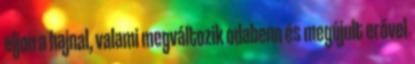
eljon a hajnal, valami megváltozik odabenn és megújult erővel